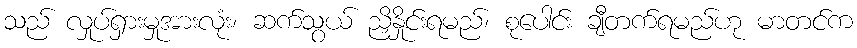
သည် လှုပ်ရှားမှုအားလုံး၊ ဆက်သွယ် ညှိနှိုင်းရမည်၊ စုပေါင်း ချီတက်ရမည်ဟု မာတင်က